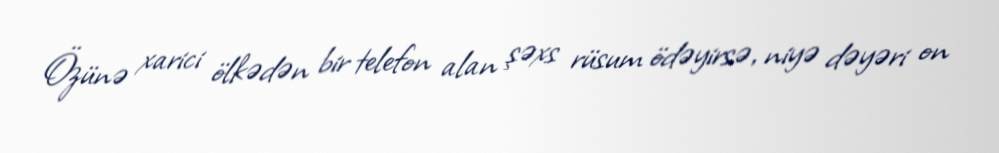
Özünə xarici ölkədən bir telefon alan şəxs rüsum ödəyirsə, niyə dəyəri on